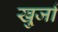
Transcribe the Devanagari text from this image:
खु्र्जा